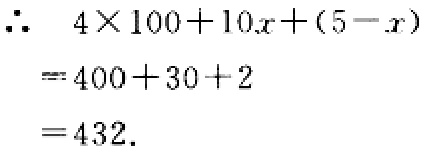
\[
\begin{align*}
\therefore\quad4\times100 + 10x+(5 - x)&=400 + 30+2\\
&=432.
\end{align*}
\]